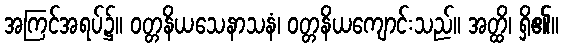
အကြင်အရပ်၌။ ဝတ္တနိယသေနာသနံ၊ ဝတ္တနိယကျောင်းသည်။ အတ္ထိ၊ ရှိ၏။